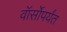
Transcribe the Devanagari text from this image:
वॉर्सोपर्यंत